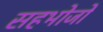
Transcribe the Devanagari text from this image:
सहभोजों